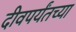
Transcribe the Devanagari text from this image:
दीवपर्यंतच्या